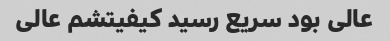
عالی بود سریع رسید کیفیتشم عالی